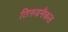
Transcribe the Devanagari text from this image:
तिरुवनैकल